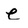
Character: e